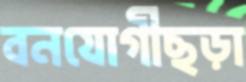
বনযোগীছড়া